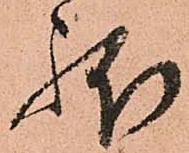
躰